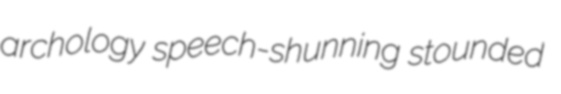
archology speech-shunning stounded